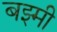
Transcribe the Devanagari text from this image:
बझ्मी